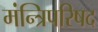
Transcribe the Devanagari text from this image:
मंन्त्रिपरिषद